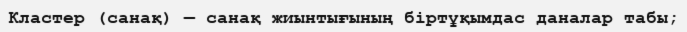
Кластер (санақ) — санақ жиынтығының біртұқымдас даналар табы;